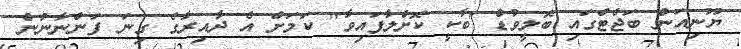
ޔޫނިއަން ބަޖެޓްގައި ބޮލީވުޑް 'ބާކީ ކޮށްލާފައިވާ" ކަމަށް އެ ދާއިރާގެ ގިނަ ފަންނާނުން